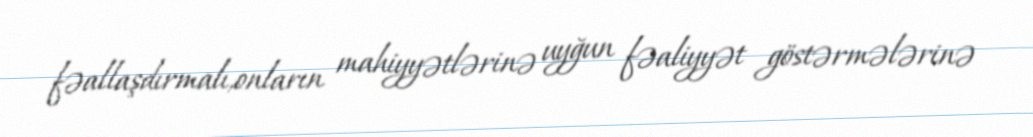
fəallaşdırmalı,onların mahiyyətlərinə uyğun fəaliyyət göstərmələrinə